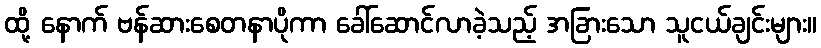
ထို့ နောက် ဗန်ဆားစေတနာပိုကာ ခေါ်ဆောင်လာခဲ့သည့် အခြားသော သူငယ်ချင်းများ။